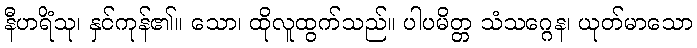
နီဟရိံသု၊ နှင်ကုန်၏။ သော၊ ထိုလူထွက်သည်။ ပါပမိတ္တ သံသဂ္ဂေန၊ ယုတ်မာသော